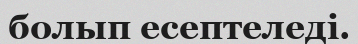
болып есептеледі.